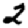
Digit: 2